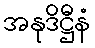
အနုဒိဋ္ဌီနံ